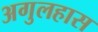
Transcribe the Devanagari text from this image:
अगुलहास